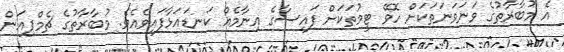
އެ މުބާރާތުގެ ވަނަވަނަތަކަށް ހޮވޭ ޓީމުތަކަށް ފައިސާގެ އިނާމެއް ކަނޑައަޅާފައިވެއެވެ. މުބާރާތުގެ ޗެމްޕިއަން